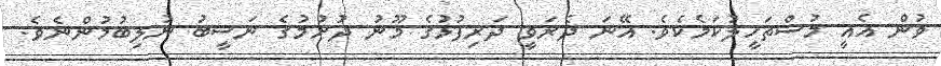
ވުން އެއީ މުސްތަހީލުކަމެކެވެ. އޭނަ ދެރަވީ ދަރިފުޅުގެ މޫނު ދުށުމުގެ ނަސީބު ނުލިބުމުންނެވެ.